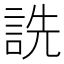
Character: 詵